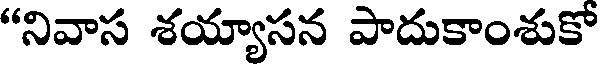
"నివాస శయ్యాసన పాదుకాంశుకో